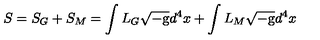
S = S _ { G } + S _ { M } = \int L _ { G } \sqrt { - \mathrm { g } } d ^ { 4 } x + \int L _ { M } \sqrt { - \mathrm { g } } d ^ { 4 } x \